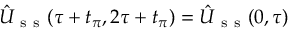
\hat { U } _ { \mathrm { ~ s ~ s ~ } } ( \tau + t _ { \pi } , 2 \tau + t _ { \pi } ) = \hat { U } _ { \mathrm { ~ s ~ s ~ } } ( 0 , \tau )